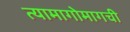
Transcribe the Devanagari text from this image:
त्यामागोमागची